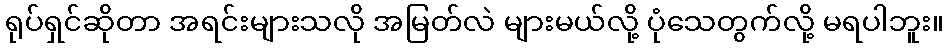
ရုပ်ရှင်ဆိုတာ အရင်းများသလို အမြတ်လဲ များမယ်လို့ ပုံသေတွက်လို့ မရပါဘူး။